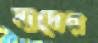
সাদের